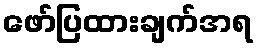
ဖော်ပြထားချက်အရ